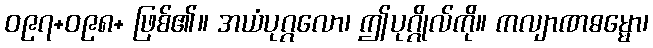
ဝ၉၇+ဝ၉၈+ ဖြစ်၏။ အယံပုဂ္ဂလော၊ ဤပုဂ္ဂိုလ်ကို။ ကလျာဏဓမ္မော၊